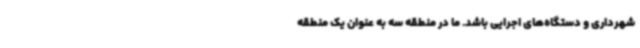
شهرداری و دستگاه‌های اجرایی باشد. ما در منطقه سه به عنوان یک منطقه